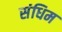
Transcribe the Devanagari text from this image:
संधिम